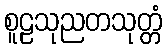
စူဠသုညတသုတ္တံ